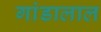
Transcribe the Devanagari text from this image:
गांडालाल